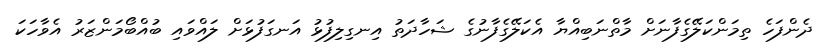
ދެންފަހެ ތިމަންކަލޭގެފާނަށް މާތްނަބިއްޔާ އެކަލޭގެފާނުގެ ޝަހާދަތު އިނގިލިފުޅު އަނގަފުޅަށް ލައްވައި ބުއްބޯމަންޒަރު އެވާހަކަ